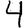
Digit: 4